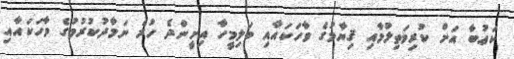
ކަޢުބާ އަށް ކުރިމަތިލުމާއި ޤިޔާމުގެ ވާހަކައާއި ބަލިމީހާ އިށީންދެ ހުރެ ނަމާދުކުރުމުގެ ވާހަކައާއި